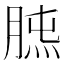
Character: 𦜯